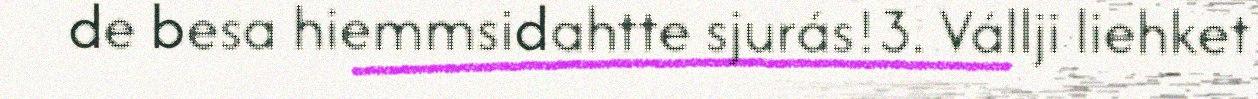
de besa hiemmsidahtte sjurás!3. Vállji liehket